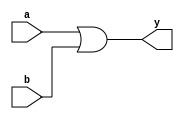
`timescale 1ns / 1ps
//////////////////////////////////////////////////////////////////////////////////
// Company: 
// Engineer: 
// 
// Design Name: 
// Module Name: ALUor
// Project Name: 
// Target Devices: 
// Tool Versions: 
// Description: 
// 
// Dependencies: 
// 
// Revision:
// Revision 0.01 - File Created
// Additional Comments:
// 
//////////////////////////////////////////////////////////////////////////////////


module ALUor(input [31:0]a,b,output [31:0]y);
    assign y = a | b;
endmodule